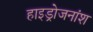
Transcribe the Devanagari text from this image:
हाइड्रोजनांश